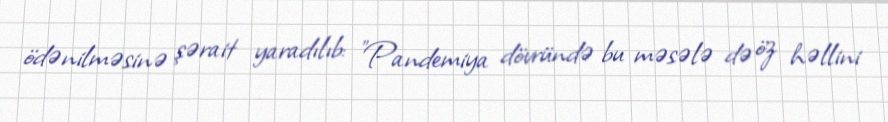
ödənilməsinə şərait yaradılıb: "Pandemiya dövründə bu məsələ də öz həllini